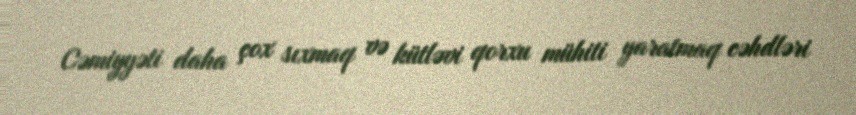
Cəmiyyəti daha çox sıxmaq və kütləvi qorxu mühiti yaratmaq cəhdləri